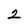
Character: 2